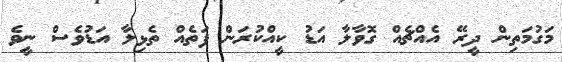
މަގުމަތިން ދީރޭ އެއްޗެއް ގޮވާލާ އަޑު ކީއްކުރަން ފަތެއް ތެޅިލާ އަޑުވެސް ނީވެ